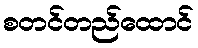
စတင်တည်ထောင်